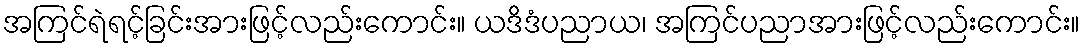
အကြင်ရဲရင့်ခြင်းအားဖြင့်လည်းကောင်း။ ယဒိဒံပညာယ၊ အကြင်ပညာအားဖြင့်လည်းကောင်း။